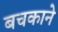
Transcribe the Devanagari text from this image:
बचकाने